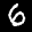
Label: 6